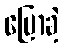
ပြောခဲ့